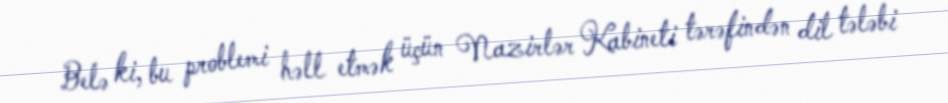
Belə ki, bu problemi həll etmək üçün Nazirlər Kabineti tərəfindən dil tələbi